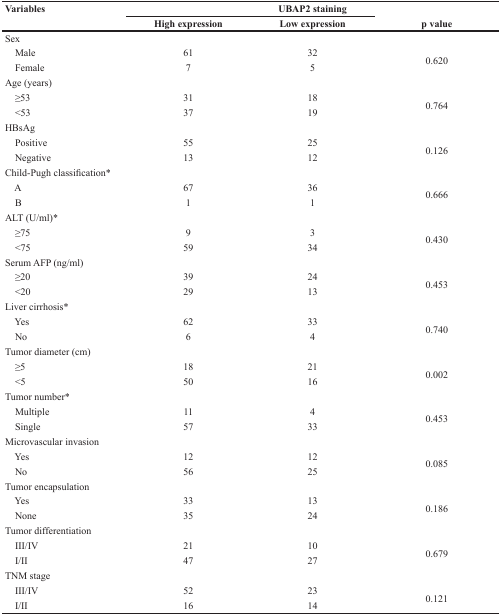
<table><thead><tr><td rowspan="2"><b>Variables</b></td><td></td><td><b>UBAP2 staining</b></td><td rowspan="2"><b>p value</b></td></tr><tr><td><b>High expression</b></td><td><b>Low expression</b></td></tr></thead><tbody><tr><td>Sex</td><td></td><td></td><td></td></tr><tr><td> Male</td><td>61</td><td>32</td><td rowspan="2">0.620</td></tr><tr><td> Female</td><td>7</td><td>5</td></tr><tr><td>Age (years)</td><td></td><td></td><td></td></tr><tr><td> ≥53</td><td>31</td><td>18</td><td rowspan="2">0.764</td></tr><tr><td> &lt;53</td><td>37</td><td>19</td></tr><tr><td>HBsAg</td><td></td><td></td><td></td></tr><tr><td> Positive</td><td>55</td><td>25</td><td rowspan="2">0.126</td></tr><tr><td> Negative</td><td>13</td><td>12</td></tr><tr><td>Child-Pugh classification*</td><td></td><td></td><td></td></tr><tr><td> A</td><td>67</td><td>36</td><td rowspan="2">0.666</td></tr><tr><td> B</td><td>1</td><td>1</td></tr><tr><td>ALT (U/ml)*</td><td></td><td></td><td></td></tr><tr><td> ≥75</td><td>9</td><td>3</td><td rowspan="2">0.430</td></tr><tr><td> &lt;75</td><td>59</td><td>34</td></tr><tr><td>Serum AFP (ng/ml)</td><td></td><td></td><td></td></tr><tr><td> ≥20</td><td>39</td><td>24</td><td rowspan="2">0.453</td></tr><tr><td> &lt;20</td><td>29</td><td>13</td></tr><tr><td>Liver cirrhosis*</td><td></td><td></td><td></td></tr><tr><td> Yes</td><td>62</td><td>33</td><td rowspan="2">0.740</td></tr><tr><td> No</td><td>6</td><td>4</td></tr><tr><td>Tumor diameter (cm)</td><td></td><td></td><td></td></tr><tr><td> ≥5</td><td>18</td><td>21</td><td rowspan="2">0.002</td></tr><tr><td> &lt;5</td><td>50</td><td>16</td></tr><tr><td>Tumor number*</td><td></td><td></td><td></td></tr><tr><td> Multiple</td><td>11</td><td>4</td><td rowspan="2">0.453</td></tr><tr><td> Single</td><td>57</td><td>33</td></tr><tr><td>Microvascular invasion</td><td></td><td></td><td></td></tr><tr><td> Yes</td><td>12</td><td>12</td><td rowspan="2">0.085</td></tr><tr><td> No</td><td>56</td><td>25</td></tr><tr><td>Tumor encapsulation</td><td></td><td></td><td></td></tr><tr><td> Yes</td><td>33</td><td>13</td><td rowspan="2">0.186</td></tr><tr><td> None</td><td>35</td><td>24</td></tr><tr><td>Tumor differentiation</td><td></td><td></td><td></td></tr><tr><td> III/IV</td><td>21</td><td>10</td><td rowspan="2">0.679</td></tr><tr><td> I/II</td><td>47</td><td>27</td></tr><tr><td>TNM stage</td><td></td><td></td><td></td></tr><tr><td> III/IV</td><td>52</td><td>23</td><td rowspan="2">0.121</td></tr><tr><td> I/II</td><td>16</td><td>14</td></tr></tbody></table>